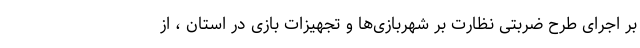
بر اجرای طرح ضربتی نظارت بر شهربازی‌ها و تجهیزات بازی در استان ، از